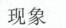
现象